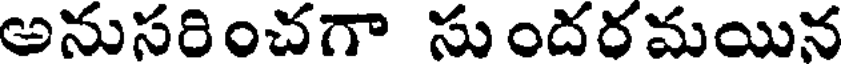
అనుసరించగా సుందరమయిన